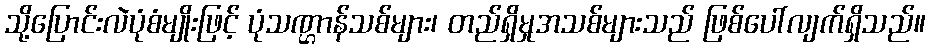
သို့ပြောင်းလဲပုံစံမျိုးဖြင့် ပုံသဏ္ဌာန်သစ်များ၊ တည်ရှိမှုအသစ်များသည် ဖြစ်ပေါ်လျက်ရှိသည်။